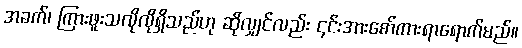
အခက်၊ ကြားဖူးသလိုလိုရှိသည်ဟု ဆိုလျှင်လည်း ၎င်းအားစော်ကားရာရောက်မည်။